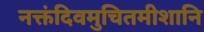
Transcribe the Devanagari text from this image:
नक्तंदिवमुचितमीशानि